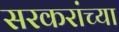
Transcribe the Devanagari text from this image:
सरकरांच्या